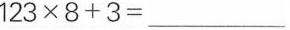
$$1 2 3 \times 8 + 3 = _ _ _ $$